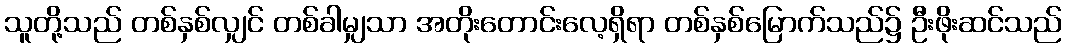
သူတို့သည် တစ်နှစ်လျှင် တစ်ခါမျှသာ အတိုးတောင်းလေ့ရှိရာ တစ်နှစ်မြောက်သည်၌ ဦးဖိုးဆင်သည်